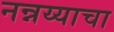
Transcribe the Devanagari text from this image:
नन्नय्याचा